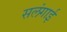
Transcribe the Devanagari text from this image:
सलंगाई